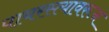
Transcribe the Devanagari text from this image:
पायरस्त्यावरून